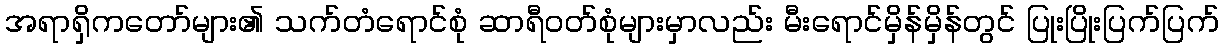
အရာရှိကတော်များ၏ သက်တံရောင်စုံ ဆာရီဝတ်စုံများမှာလည်း မီးရောင်မှိန်မှိန်တွင် ပြုးပြိုးပြက်ပြက်